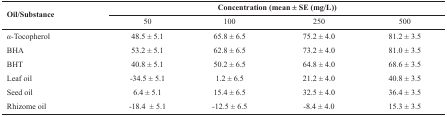
| <ROWSPAN=2> Oil/Substance | <COLSPAN=4> Concentration (mean ± SE (mg/L)) |
 | 50 | 100 | 250 | 500 |
 | --- | --- | --- | --- | --- |
 | α-Tocopherol | 48.5 ± 5.1 | 65.8 ± 6.5 | 75.2 ± 4.0 | 81.2 ± 3.5 |
 | BHA | 53.2 ± 5.1 | 62.8 ± 6.5 | 73.2 ± 4.0 | 81.0 ± 3.5 |
 | BHT | 40.8 ± 5.1 | 50.2 ± 6.5 | 64.8 ± 4.0 | 68.6 ± 3.5 |
 | Leaf oil | -34.5 ± 5.1 | 1.2 ± 6.5 | 21.2 ± 4.0 | 40.8 ± 3.5 |
 | Seed oil | 6.4 ± 5.1 | 15.4 ± 6.5 | 32.5 ± 4.0 | 36.4 ± 3.5 |
 | Rhizome oil | -18.4 ± 5.1 | -12.5 ± 6.5 | -8.4 ± 4.0 | 15.3 ± 3.5 |